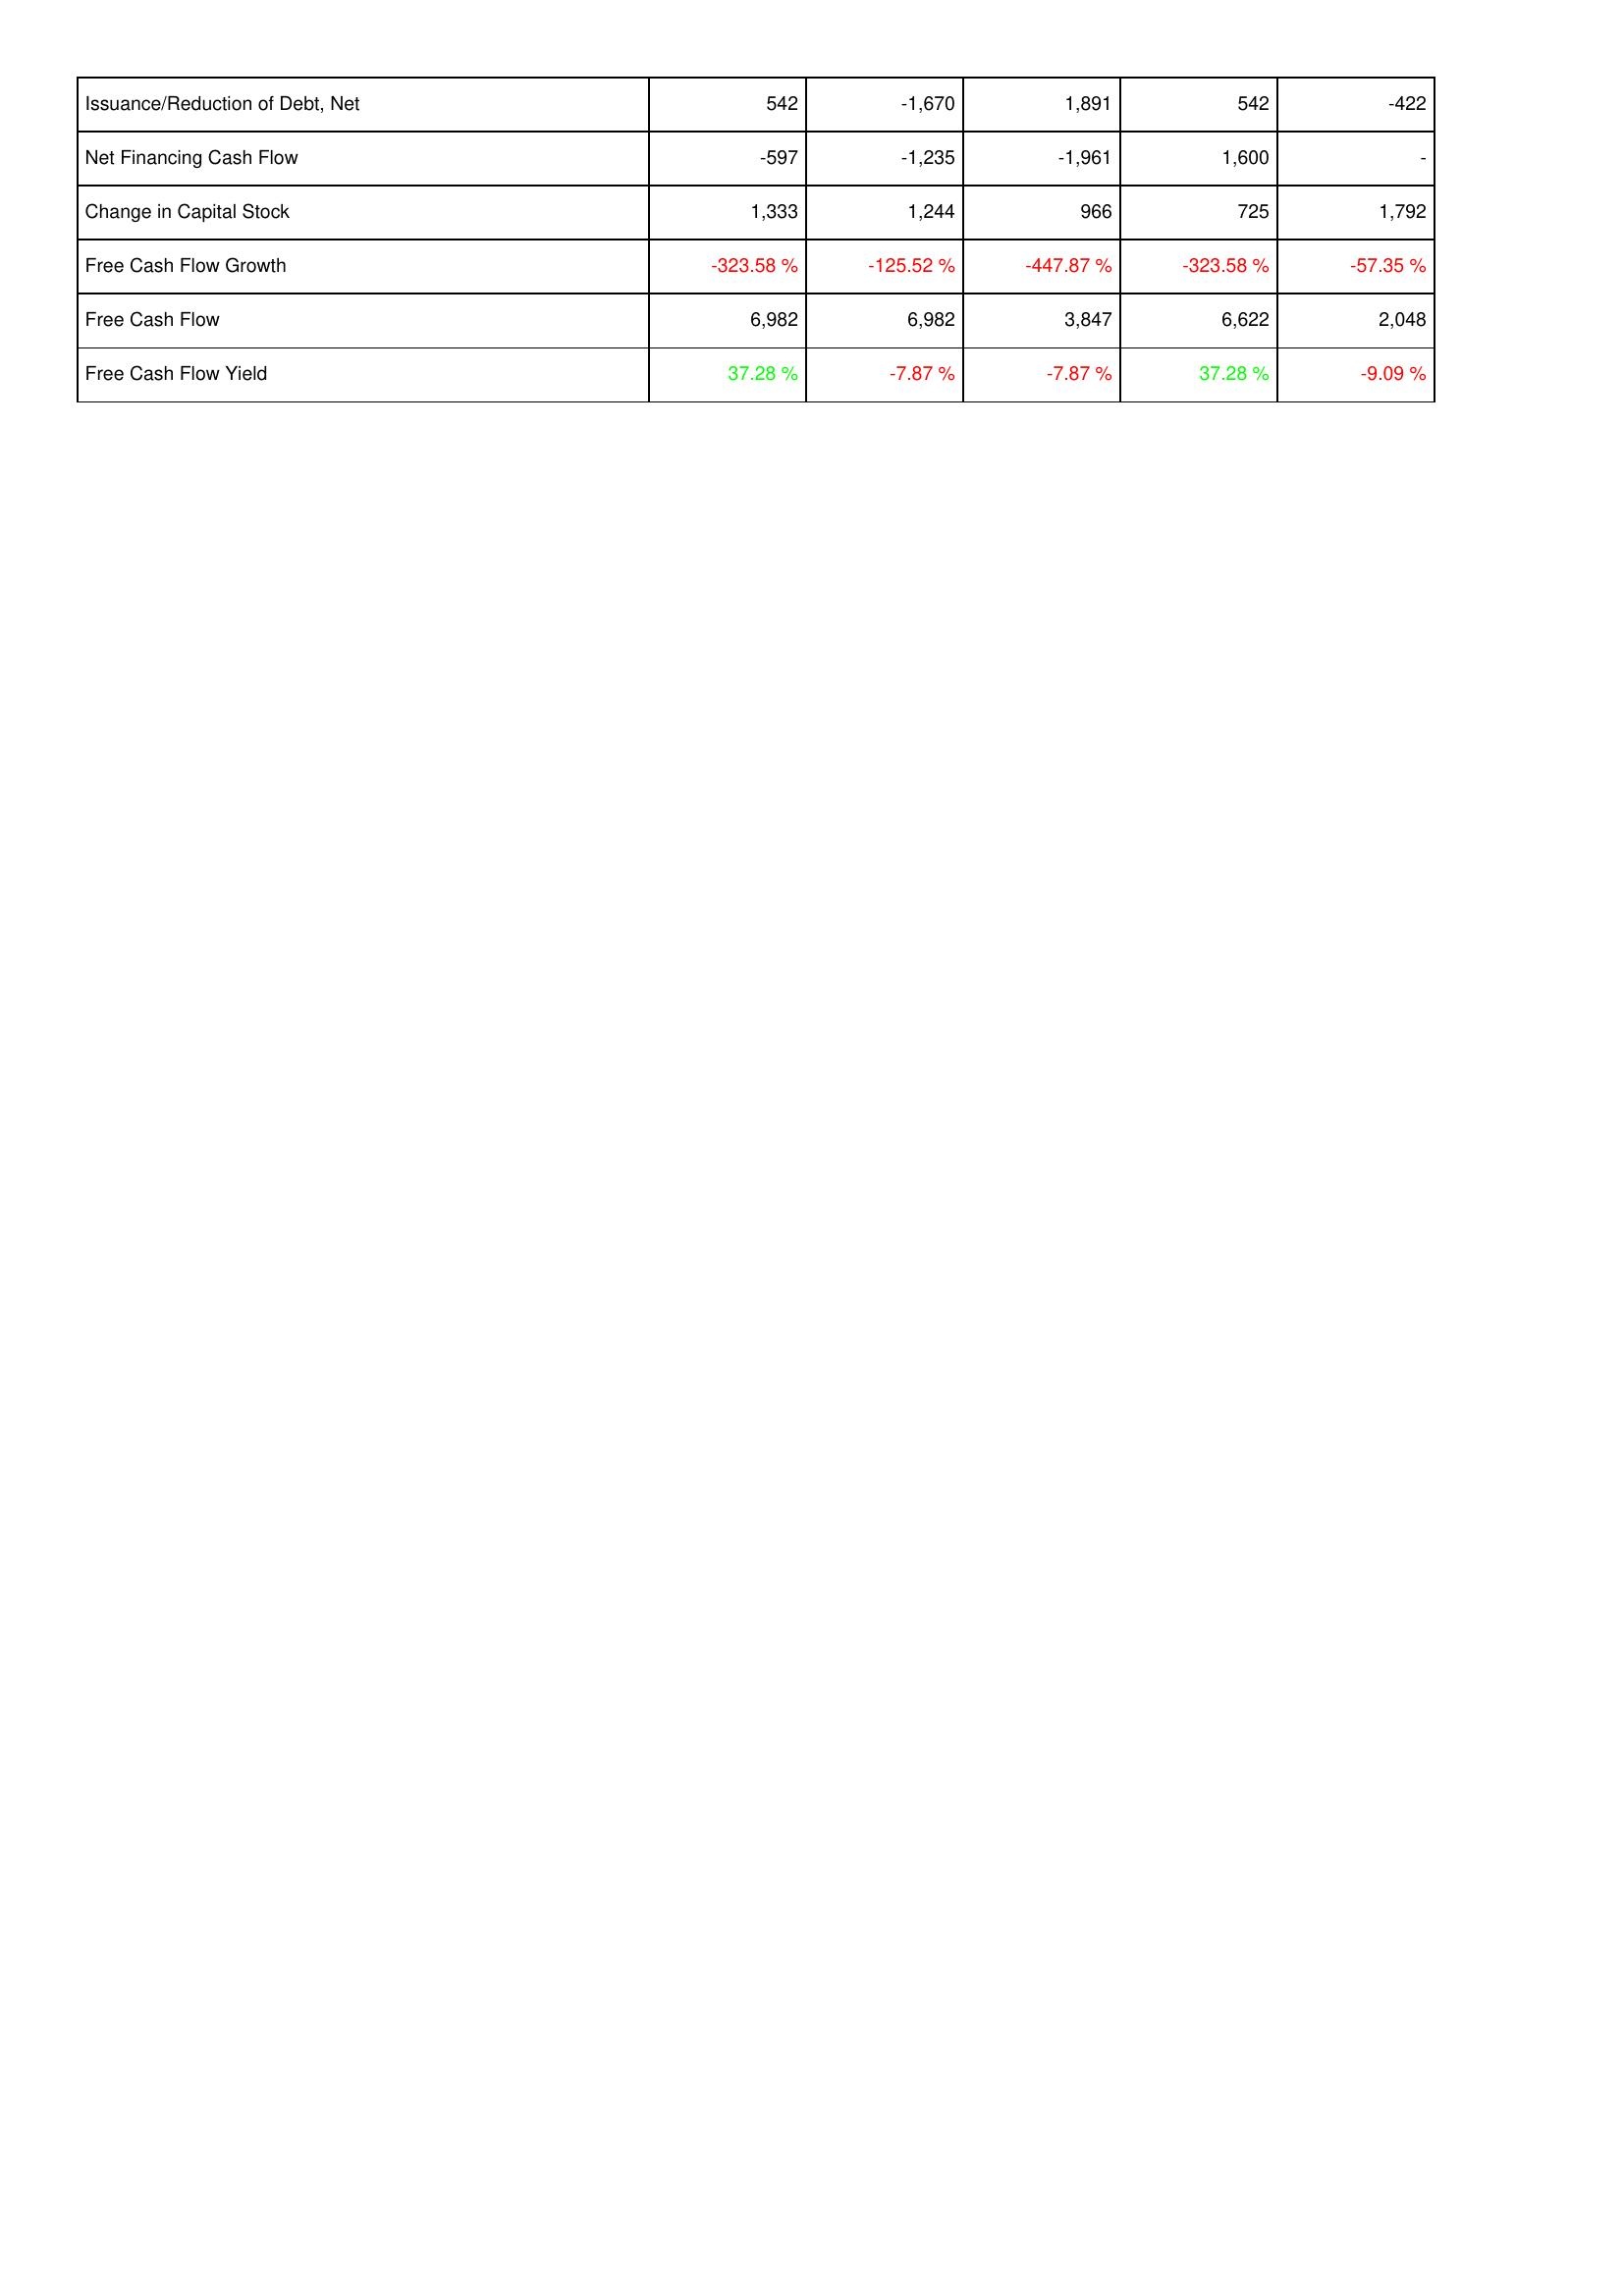
2015: Financing Activities: Issuance/Reduction of Debt, Net: 542
Net Financing Cash Flow: -597
Change in Capital Stock: 1,333
Free Cash Flow Growth: -323.58 %
Free Cash Flow: 6,982
Free Cash Flow Yield: 37.28 %
2014: Financing Activities: Issuance/Reduction of Debt, Net: -1,670
Net Financing Cash Flow: -1,235
Change in Capital Stock: 1,244
Free Cash Flow Growth: -125.52 %
Free Cash Flow: 6,982
Free Cash Flow Yield: -7.87 %
2013: Financing Activities: Issuance/Reduction of Debt, Net: 1,891
Net Financing Cash Flow: -1,961
Change in Capital Stock: 966
Free Cash Flow Growth: -447.87 %
Free Cash Flow: 3,847
Free Cash Flow Yield: -7.87 %
2012: Financing Activities: Issuance/Reduction of Debt, Net: 542
Net Financing Cash Flow: 1,600
Change in Capital Stock: 725
Free Cash Flow Growth: -323.58 %
Free Cash Flow: 6,622
Free Cash Flow Yield: 37.28 %
2011: Financing Activities: Issuance/Reduction of Debt, Net: -422
Net Financing Cash Flow: -
Change in Capital Stock: 1,792
Free Cash Flow Growth: -57.35 %
Free Cash Flow: 2,048
Free Cash Flow Yield: -9.09 %